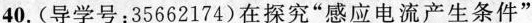
40. (导学号：35662174)在探究“感应电流产生条件”